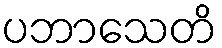
ပဘာသေတိ